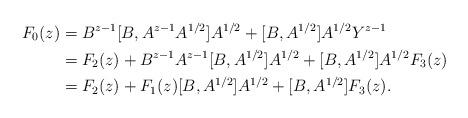
LaTeX: \begin{align*} F_0(z) &= B^{z-1}[B,A^{z-1}A^{1/2}]A^{1/2}+[B,A^{1/2}]A^{1/2}Y^{z-1}\\ &= F_2(z)+B^{z-1}A^{z-1}[B,A^{1/2}]A^{1/2}+[B,A^{1/2}]A^{1/2}F_3(z)\\ &= F_2(z)+F_1(z)[B,A^{1/2}]A^{1/2}+[B,A^{1/2}]F_3(z). \end{align*}